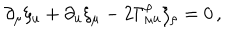
\partial _ { \mu } \xi _ { u } + \partial _ { u } \xi _ { \mu } - 2 \Gamma _ { \mu u } ^ { \rho } \xi _ { \rho } = 0 \, ,